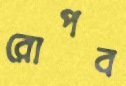
রোপব